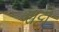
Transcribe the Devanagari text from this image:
सट्टो